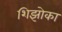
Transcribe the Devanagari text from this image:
शिझोका